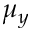
\mu _ { y }